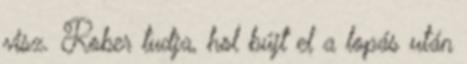
visz. Rober tudja, hol bújt el a lopás után